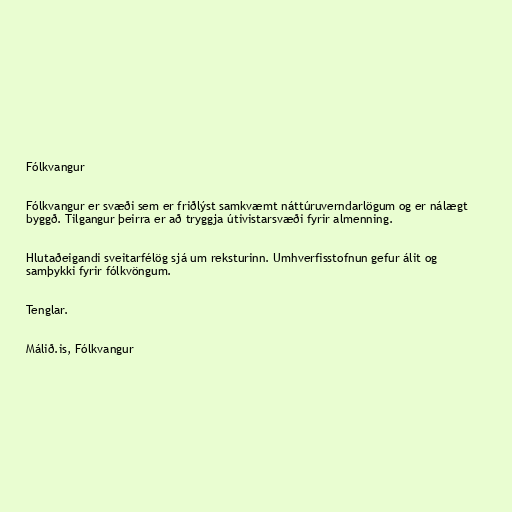
Fólkvangur

Fólkvangur er svæði sem er friðlýst samkvæmt náttúruverndarlögum og er nálægt
byggð. Tilgangur þeirra er að tryggja útivistarsvæði fyrir almenning.

Hlutaðeigandi sveitarfélög sjá um reksturinn. Umhverfisstofnun gefur álit og
samþykki fyrir fólkvöngum.

Tenglar.

Málið.is, Fólkvangur